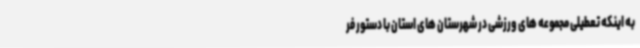
به اینکه تعطیلی مجموعه های ورزشی در شهرستان های استان با دستور فر